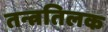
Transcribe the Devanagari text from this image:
तन्त्रतिलक